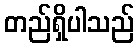
တည်ရှိပါသည်